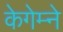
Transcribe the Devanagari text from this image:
केगेम्ने